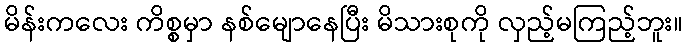
မိန်းကလေး ကိစ္စမှာ နစ်မျောနေပြီး မိသားစုကို လှည့်မကြည့်ဘူး။